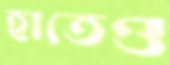
হাতেও